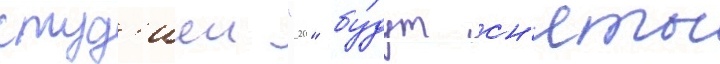
студ'иеи "20" бу́дут сн'яты